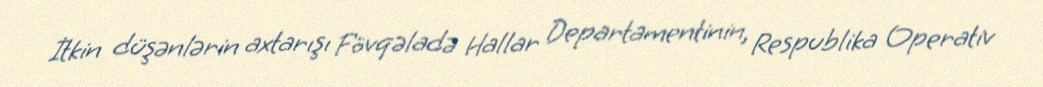
İtkin düşənlərin axtarışı Fövqəladə Hallar Departamentinin, Respublika Operativ